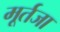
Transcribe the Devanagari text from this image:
मूर्तजा